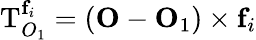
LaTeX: \mathbf{\mathrm{T}}_{O_{1}}^{\mathbf{f}_{i}}=(\mathbf{O}-\mathbf{O}_{1})\times\mathbf{f}_{i}